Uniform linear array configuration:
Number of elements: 16
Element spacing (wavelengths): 0.75
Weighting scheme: binomial
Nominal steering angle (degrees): -15
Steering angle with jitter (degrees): -15.973
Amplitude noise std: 0.05
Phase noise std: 0.05

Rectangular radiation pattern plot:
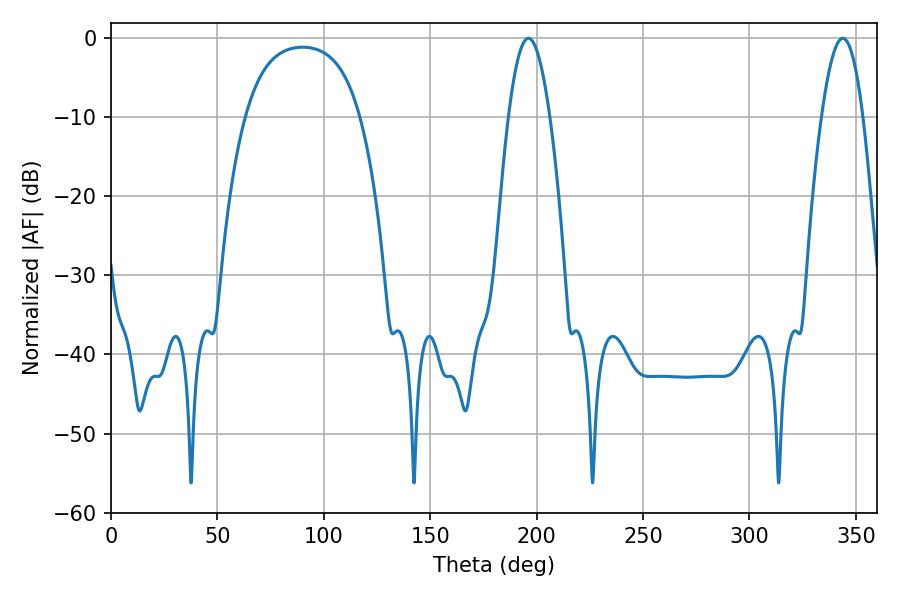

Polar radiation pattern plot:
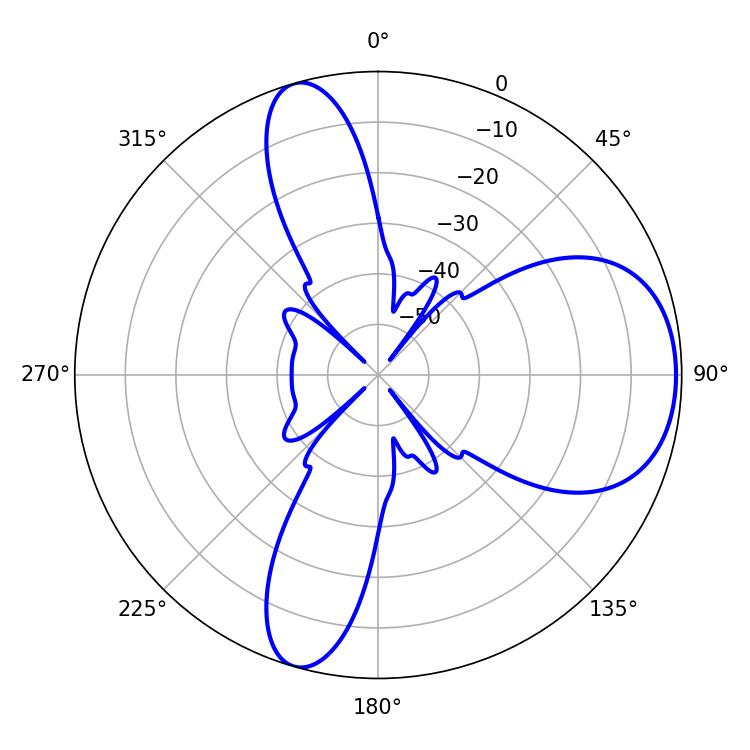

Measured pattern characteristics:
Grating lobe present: TRUE
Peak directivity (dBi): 7.352
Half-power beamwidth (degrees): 10.62
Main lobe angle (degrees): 343.8